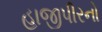
હાજીપીરનો